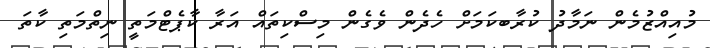
މުއިއްޒުމެން ނަމާދު ކުރާބކަމަށް ހެދެން ވެގެން މިސްކިތައް އަރާ ކާޕެޓްމަތީ ނިތްމަތި ކާތަ